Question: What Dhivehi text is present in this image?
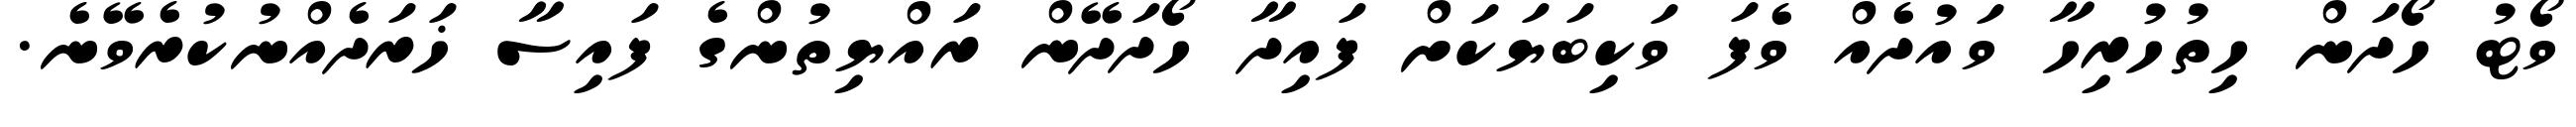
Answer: ވޯޓު ހޯދަން ހިތުހުރިހާ ވައުދެއް ވެފަ ވަކިބަޔަކަށް ފައިދާ ހޯދަދޭން ރައްޔިތުންގެ ފައިސާ ޚަރަދެއްނުކުރެވޭނެ.